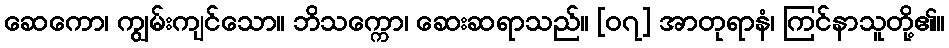
ဆေကော၊ ကျွမ်းကျင်သော။ ဘိသက္ကော၊ ဆေးဆရာသည်။ [၀၇] အာတုရာနံ၊ ကြင်နာသူတို့၏။